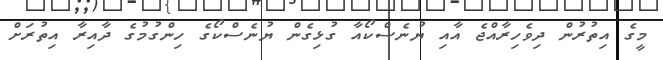
މީގެ އިތުރުން ދިވެހިރާއްޖެ އާއި ޔުނެސްކޯއާ ގުޅިގެން ޔުނެސްކޯގެ ހިންގުމުގެ ދާއިރާ އިތުރަށް